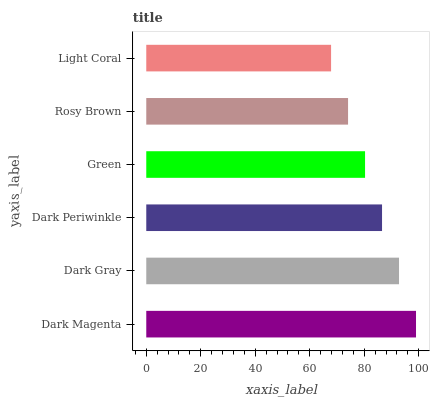
| yaxis_label | bars |
 | --- | --- |
 | Dark Magenta | 99 |
 | Dark Gray | 92.8 |
 | Dark Periwinkle | 86.5 |
 | Green | 80.3 |
 | Rosy Brown | 74.1 |
 | Light Coral | 67.8 |